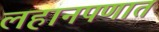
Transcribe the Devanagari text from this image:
लहानपणात